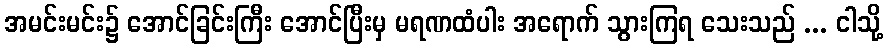
အမင်းမင်း၌ အောင်ခြင်းကြီး အောင်ပြီးမှ မရဏထံပါး အရောက် သွားကြရ သေးသည် ... ငါသို့